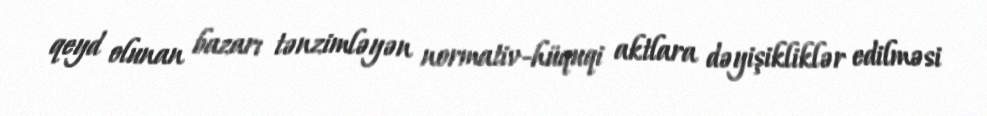
qeyd olunan bazarı tənzimləyən normativ-hüquqi aktlara dəyişikliklər edilməsi